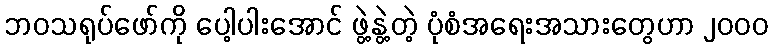
ဘဝသရုပ်ဖော်ကို ပေါ့ပါးအောင် ဖွဲ့နွဲ့တဲ့ ပုံစံအရေးအသားတွေဟာ ၂၀၀၀